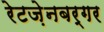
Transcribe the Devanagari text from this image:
रेटज़ेनबर्गर